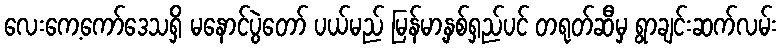
လေးကေ့ကော်ဒေသရှိ မနောင်ပွဲတော် ပယ်မည် မြန်မာ့နှစ်ရှည်ပင် တရုတ်ဆီမှ ရွာချင်းဆက်လမ်း